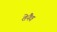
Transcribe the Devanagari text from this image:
तेनैव